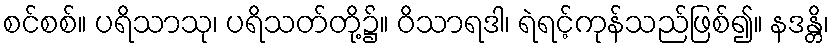
စင်စစ်။ ပရိသာသု၊ ပရိသတ်တို့၌။ ဝိသာရဒါ၊ ရဲရင့်ကုန်သည်ဖြစ်၍။ နဒန္တိ၊